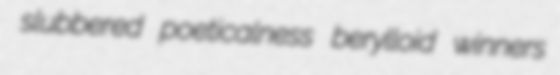
slubbered poeticalness berylloid winners